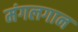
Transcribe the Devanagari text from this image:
मंगलगान